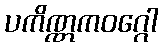
ပကိဏ္ဏကဝဂ္ဂေါ